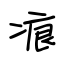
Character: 痕